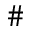
\#